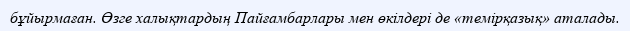
бұйырмаған. Өзге халықтардың Пайғамбарлары мен өкілдері де «темірқазық» аталады.